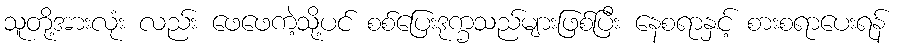
သူတို့အားလုံး လည်း ဖေဖေကဲ့သို့ပင် စစ်ပြေးဒုက္ခသည်များဖြစ်ပြီး နေစရာနှင့် စားစရာပေးရန်